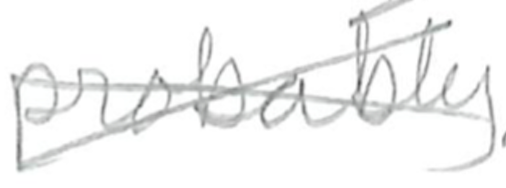
Text: probably
Cross-out: cross
Writing tool: pencil